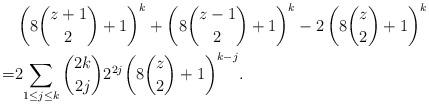
LaTeX: \begin{align*}&\left(8\binom{z+1}{2}+1\right)^{k}+\left(8\binom{z-1}{2}+1\right)^{k}-2\left(8\binom{z}{2}+1\right)^{k} \\ = &2{\sum_{1\leq j \leq{k}}\binom{2k}{2j}2^{2j}{\left(8\binom{z}{2}+1\right)}^{k-j}}.\end{align*}